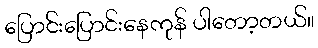
ပြောင်းပြောင်းနေကုန် ပါတော့တယ်။